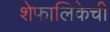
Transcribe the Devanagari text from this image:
शेफालिकेची